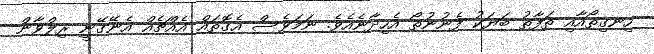
ހިނގިތޯއާއި ތަފާތު ބަޔަކު ފެނުނުތޯ އެހިދާނެއެވެ. ނަމަވެސް އެގޮތައް އެއްޗެއް އެނޭގޭނީ ރިލްވާން